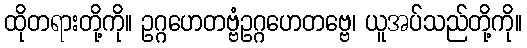
ထိုတရားတို့ကို။ ဥဂ္ဂဟေတဗ္ဗံဥဂ္ဂဟေတဗ္ဗေ၊ ယူအပ်သည်တို့ကို။